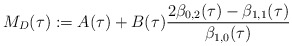
\begin{align*}M_D(\tau):=A(\tau)+B(\tau) \frac{2\beta_{0,2}(\tau)-\beta_{1,1}(\tau)}{\beta_{1,0}(\tau)}\end{align*}